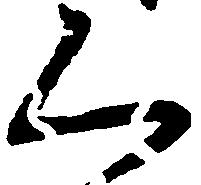
く